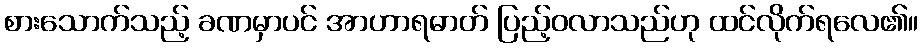
စားသောက်သည့် ခဏမှာပင် အာဟာရဓာတ် ပြည့်ဝလာသည်ဟု ထင်လိုက်ရလေ၏။